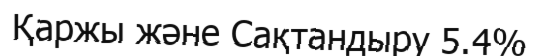
Қаржы және Сақтандыру 5.4%